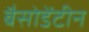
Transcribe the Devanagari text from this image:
बैसोडेंटीन